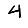
Digit: 4